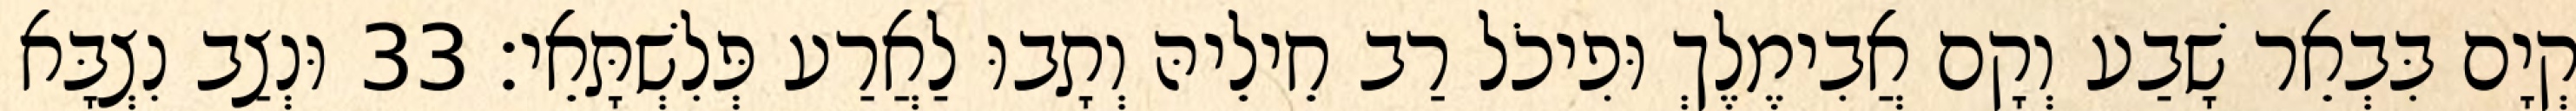
קְיָם בִּבְאֵר שָׁבַע וְקָם אֲבִימֶלֶךְ וּפִיכֹל רַב חֵילֵיהּ וְתָבוּ לַאֲרַע פְּלִשְׁתָּאֵי׃ 33 וּנְצַב נִצְבָּא